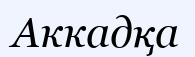
Аккадқа